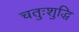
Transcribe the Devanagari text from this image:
चतुःशुद्धि